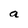
Character: a